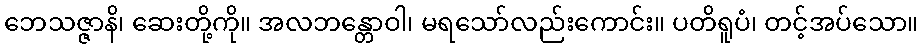
ဘေသဇ္ဇာနိ၊ ဆေးတို့ကို။ အလဘန္တောဝါ၊ မရသော်လည်းကောင်း။ ပတိရူပံ၊ တင့်အပ်သော။